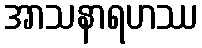
အာသနာရဟဿ